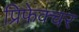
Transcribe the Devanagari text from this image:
प्रिफ़ेक्चर